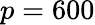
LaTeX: p=600